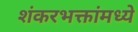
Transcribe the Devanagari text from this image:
शंकरभक्तांमध्ये